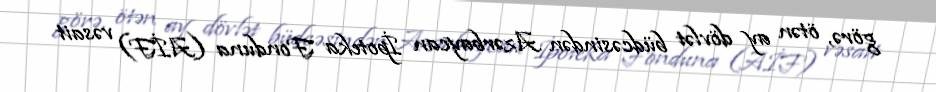
görə, ötən ay dövlət büdcəsindən Azərbaycan İpoteka Fonduna (AİF) vəsait